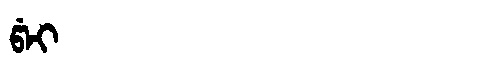
Manchu: ᡦᡝᡳ
Romanization: PEI